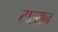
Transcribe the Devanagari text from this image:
टाल्सन